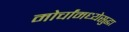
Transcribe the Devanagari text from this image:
मोर्चांमध्येसुद्धा